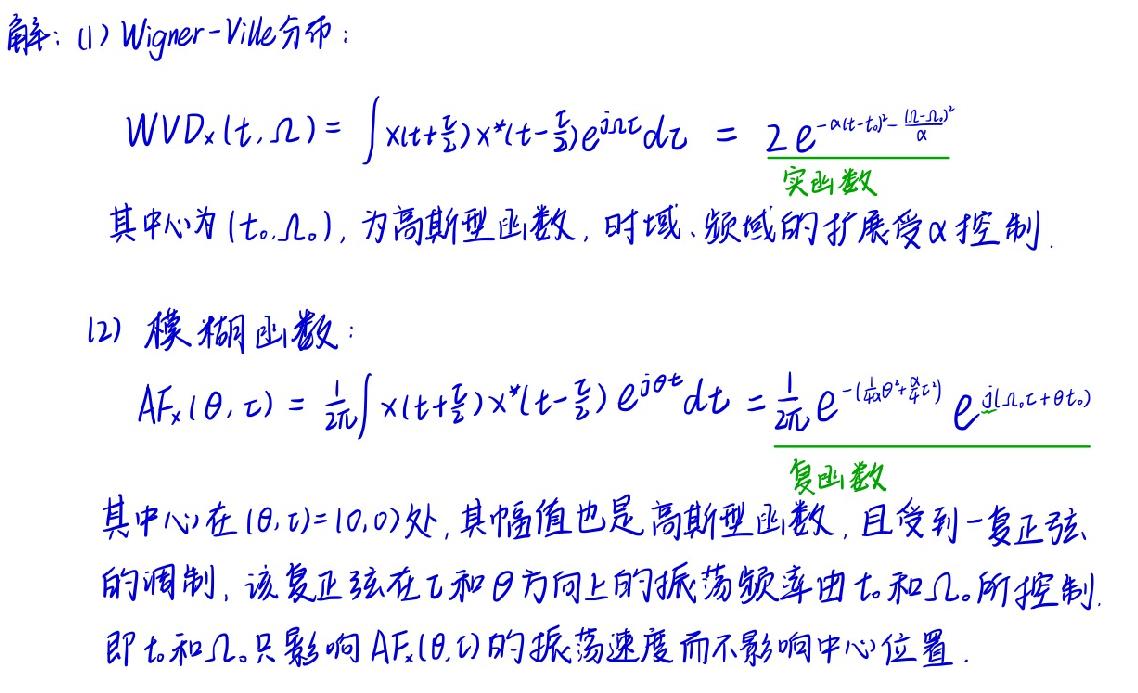
解：(1) Wigner - Ville分布：
\[ WVD_x(t,\Omega)=\int x(t + \frac{\tau}{2})x^*(t - \frac{\tau}{2})e^{-j\Omega\tau}d\tau = 2e^{-\alpha(t - t_0)^2 - \frac{(\Omega - \Omega_0)^2}{\alpha}} \]
实函数
其中心为\((t_0,\Omega_0)\)，为高斯型函数，时域、频域的扩展受\(\alpha\)控制.

(2) 模糊函数：
\[ AF_x(\theta,\tau)=\frac{1}{2\pi}\int x(t + \frac{\tau}{2})x^*(t - \frac{\tau}{2})e^{j\theta t}dt=\frac{1}{2\pi}e^{-(\frac{1}{4\alpha}\theta^2 + \frac{\alpha}{4}\tau^2)}e^{j(\Omega_0\tau + \theta t_0)} \]
复函数
其中心在\((\theta,\tau)=(0,0)\)处，其幅值也是高斯型函数，且受到一复正弦的调制，该复正弦在\(\tau\)和\(\theta\)方向上的振荡频率由\(t_0\)和\(\Omega_0\)所控制. 即\(t_0\)和\(\Omega_0\)只影响\(AF_x(\theta,\tau)\)的振荡速度而不影响中心位置.